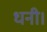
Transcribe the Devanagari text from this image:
धनी।